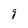
Character: g